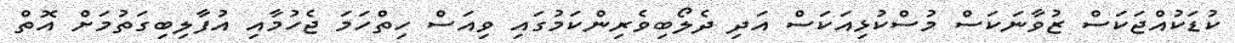
ކުޑަކުއްޖަކަސް ޒުވާނަކަސް މުސްކުޅިއަކަސް އަދި ދެލޯބިވެރިންކަމުގައި ވިއަސް ހިތްހަމަ ޖެހުމާއި އުފާލިބިގަތުމަށް އޮތް